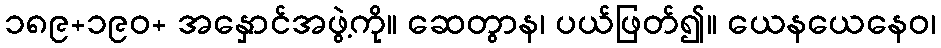
၁၈၉+၁၉၀+ အနှောင်အဖွဲ့ကို။ ဆေတွာန၊ ပယ်ဖြတ်၍။ ယေနယေနေဝ၊